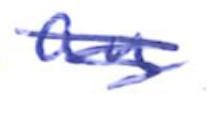
Text: an
Cross-out: mix
Writing tool: ballpoint